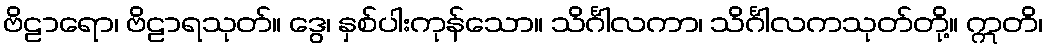
ဗိဠာရော၊ ဗိဠာရသုတ်။ ဒွေ၊ နှစ်ပါးကုန်သော။ သိင်္ဂါလကာ၊ သိင်္ဂါလကသုတ်တို့။ ဣတိ၊